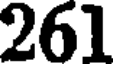
261